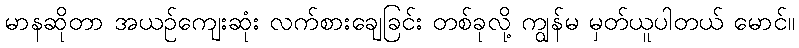
မာနဆိုတာ အယဉ်ကျေးဆုံး လက်စားချေခြင်း တစ်ခုလို့ ကျွန်မ မှတ်ယူပါတယ် မောင်။